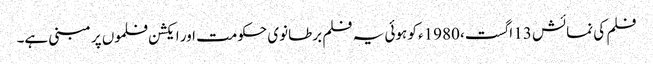
فلم کی نمائش 13 اگست، 1980ء کو ہوئی یہ فلم برطانوی حکومت اور ایکشن فلموں پر مبنی ہے۔